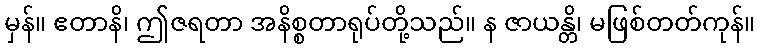
မှန်။ ဧတာနိ၊ ဤဇရတာ အနိစ္စတာရုပ်တို့သည်။ န ဇာယန္တိ၊ မဖြစ်တတ်ကုန်။